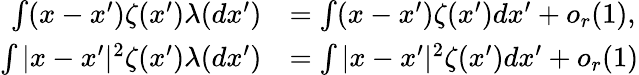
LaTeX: \begin{array}{rl}{\int(x-x^{\prime})\zeta(x^{\prime})\lambda(dx^{\prime})}&{=\int(x-x^{\prime})\zeta(x^{\prime})dx^{\prime}+o_{r}(1),}\\ {\int|x-x^{\prime}|^{2}\zeta(x^{\prime})\lambda(dx^{\prime})}&{=\int|x-x^{\prime}|^{2}\zeta(x^{\prime})dx^{\prime}+o_{r}(1)}\end{array}